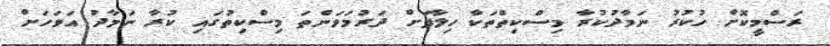
ރަސްމީކޮށް ހުކުރު ނަމާދުކުރާ މިސްކިތްތަކާ ހިލާފަށް ދަރުމަވަންތަ މިސްކިތުގައި ކުރާ ނަމާދު އަވަހަށް